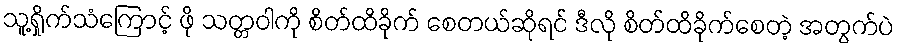
သူ့ရှိုက်သံကြောင့် ဖို သတ္တဝါကို စိတ်ထိခိုက် စေတယ်ဆိုရင် ဒီလို စိတ်ထိခိုက်စေတဲ့ အတွက်ပဲ